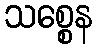
သစ္စေန